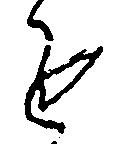
進